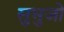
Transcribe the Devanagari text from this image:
सुभुजो